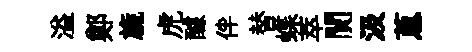
溢鄭旒虎醵伴替蝶萃閴汲蔥